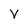
Character: V